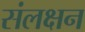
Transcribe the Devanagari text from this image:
संलक्षन